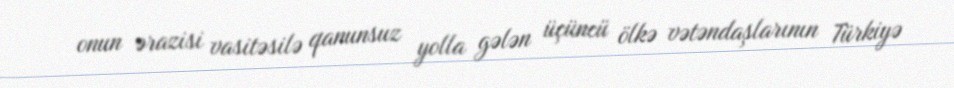
onun ərazisi vasitəsilə qanunsuz yolla gələn üçüncü ölkə vətəndaşlarının Türkiyə